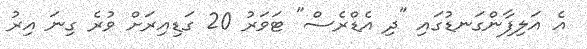
އެ އަލިފާންގަނޑުގައި "ދި އެޑްރެސް" ޓަވަރު 20 ގަޑިއިރަށް ވުރެ ގިނަ އިރު